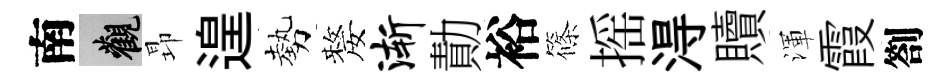
南觀昻遑勢嫠渐勣裕篠摇淂贖渾霞劄